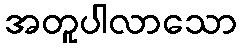
အတူပါလာသော